Civil Veterinary Dept. Bombay admin report 1932-41 - 1932-1941
Year: 1932
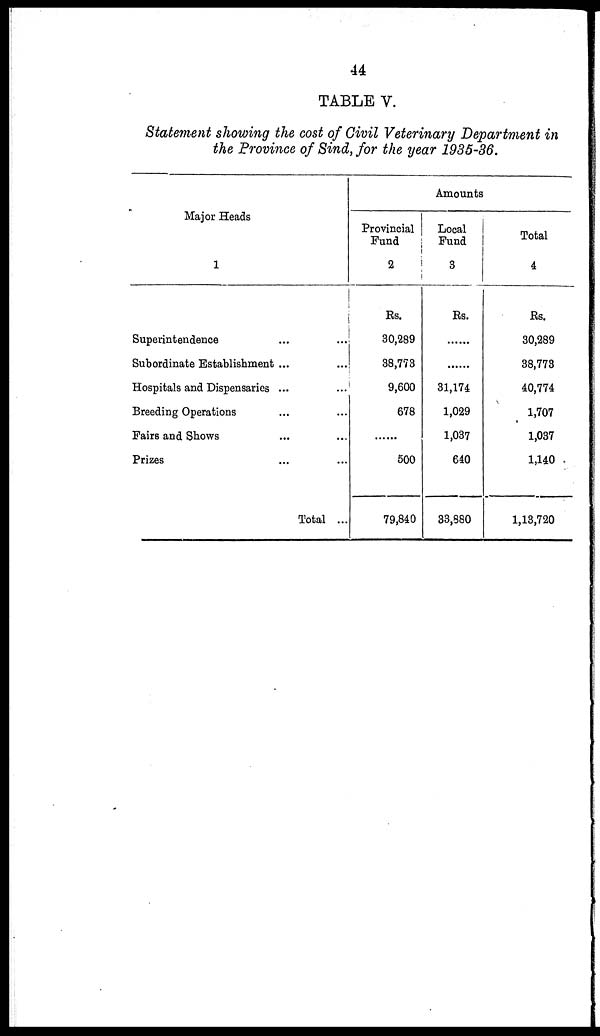
44
TABLE V.
Statement showing the cost of Civil Veterinary Department in
the Province of Sind, for the year 1935-36.
Major Heads
1
Superintendence ... ...
Subordinate Establishment ... ...
Hospitals and Dispensaries ... ...
Breeding Operations ... ...
Fairs and Shows ... ...
Prizes ... ...
Total ...
Amounts
Provincial
Fund
2
Rs.
30,289
38,773
9,600
678
......
500
79,840
Local
Fund
3
Rs.
......
......
31,174
1,029
1,037
640
33,880
Total
4
Rs.
30,289
38,773
40,774
1,707
1,037
1,140
1,13,720